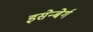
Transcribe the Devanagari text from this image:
इसेन्बेर्ग